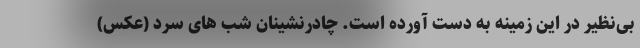
بی‌نظیر در این زمینه به دست آورده است. چادرنشینان شب های سرد (عکس)